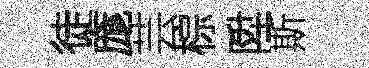
徒庬芸棕陞斯